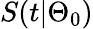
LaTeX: S(t|\Theta_{0})